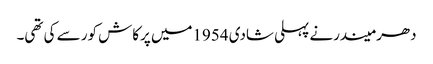
دھرمیندرنے پہلی شادی 1954میں پرکاش کور سے کی تھی۔